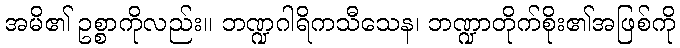
အမိ၏ ဥစ္စာကိုလည်း။ ဘဏ္ဍဂါရိကသီသေန၊ ဘဏ္ဍာတိုက်စိုး၏အဖြစ်ကို